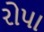
રોપા